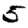
Digit: 5